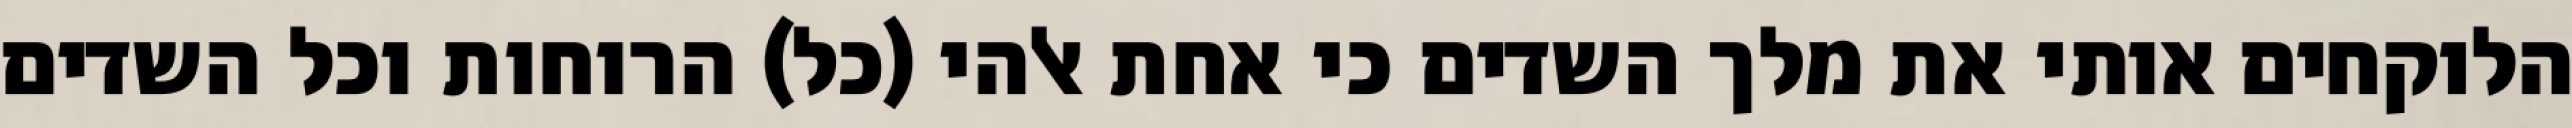
הלוקחים אותי את מלך השדים כי אחת אלהי (כל) הרוחות וכל השדים